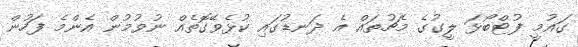
ގައުމީ ފުޓްބޯޅަ ލީގުގެ މެޗުތައް އެ ދަނޑުގައި ކުޅެވޭގޮތެއް ނުވުމުން އެންމެ ފަހުން